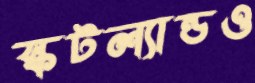
স্কটল্যান্ডও